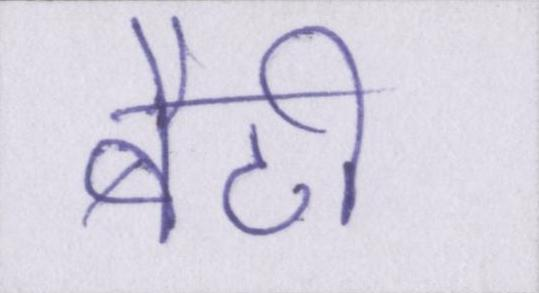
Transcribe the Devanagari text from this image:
बैठी